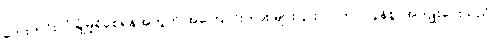
ဘေးကင်းလုံခြုံမှုရှိစေရန်အတွက် အကြောင်းကား များပြားလာကာ လွန်စွာအကျိုးပေးသည်